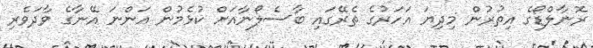
ރޮނާލްޑޯގެ އިތުރުން މިދިޔަ އަހަރުގެ ތެރޭގައި ބާސެލޯނާއަށް ކުޅެމުން އަންނަ އޭނާގެ ވާދަވެރި